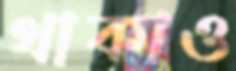
থাকাও